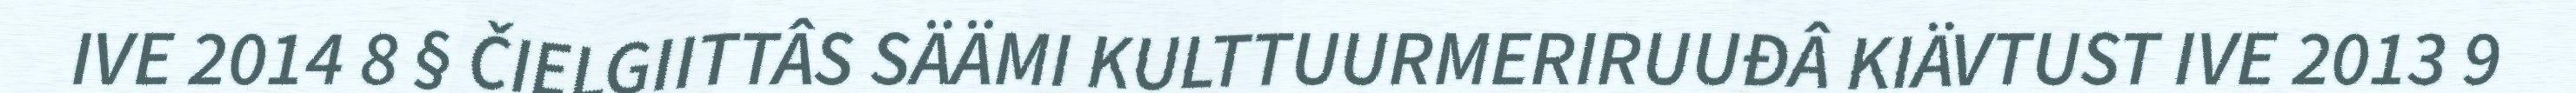
IVE 2014 8 § ČIELGIITTÂS SÄÄMI KULTTUURMERIRUUĐÂ KIÄVTUST IVE 2013 9